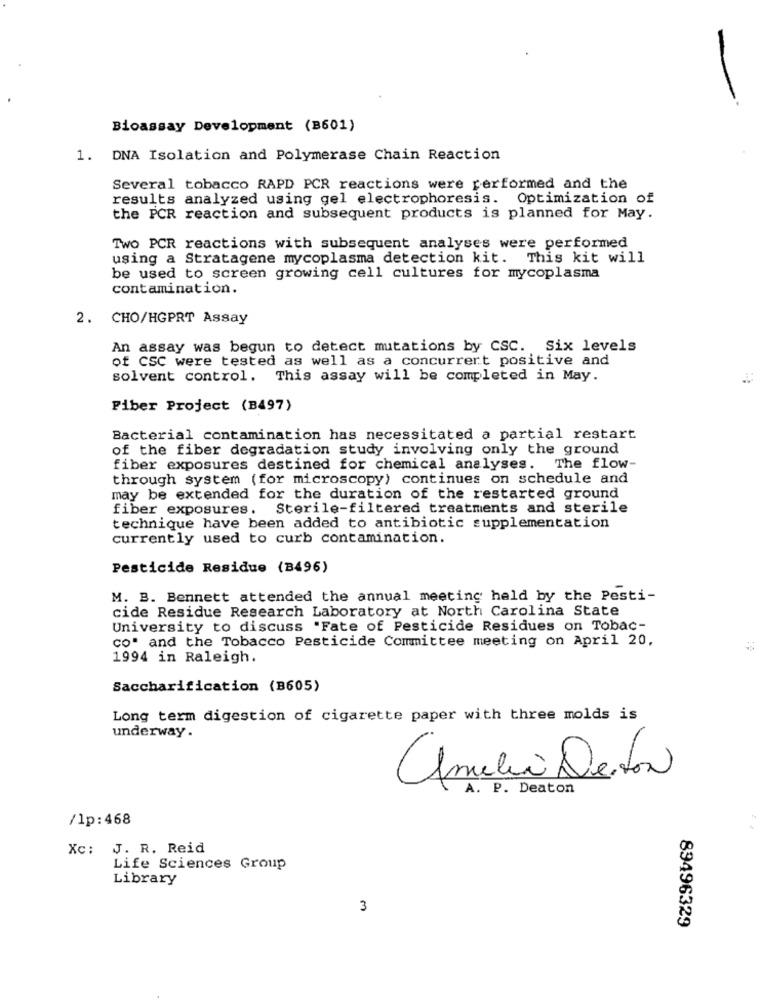
-
Bioassay Development (B601)
1. DNA Isolation and Polymerase Chain Reaction
Several tobacco RAPD PCR reactions were performed and the
results analyzed using gel electrophoresis.
Optimization of
the PCR reaction and subsequent products is planned for May.
Two PCR reactions with subsequent analyses were performed
using a Stratagene mycoplasma detection kit. This kit will
be used to screen growing cell cultures for mycoplasma
contamination.
2. CHO/HGPRT Assay
An assay was begun to detect mutations by CSC. Six levels
of CSC were tested as well as a concurrert positive and
solvent control. This assay will be completed in May.
Piber Project (B497)
Bacterial contamination has necessitated a partial restart
of the fiber degradation study involving only the ground
fiber exposures destined for chemical analyses. The flow-
through system (for microscopy) continues on schedule and
may be extended for the duration of the restarted ground
fiber exposures. Sterile-filtered treatments and sterile
technique have been added to antibiotic supplementation
currently used to curb contamination.
Pesticide Residue (B496)
M. B. Bennett attended the annual meeting held by the Pesti-
cide Residue Research Laboratory at North Carolina State
University to discuss "Fate of Pesticide Residues on Tobac-
co" and the Tobacco Pesticide Committee meeting on April 20,
1994 in Raleigh.
Saccharification (B605)
Long term digestion of cigarette paper with three molds is
underway .
A. P. Deaton
/lp:468
Xc: J. R. Reid
Life Sciences Group
Library
3
89496329